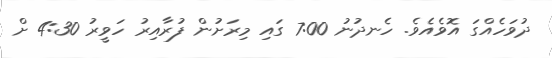
ދުވަހެއްގަ އޮވެއެވެ. ހެނދުނު 7:00 ގައި މިރަށުން ފުރާއިރު ހަވީރު 4:30 ށް